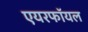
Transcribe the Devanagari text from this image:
एयरफॉयल